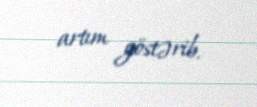
artım göstərib.